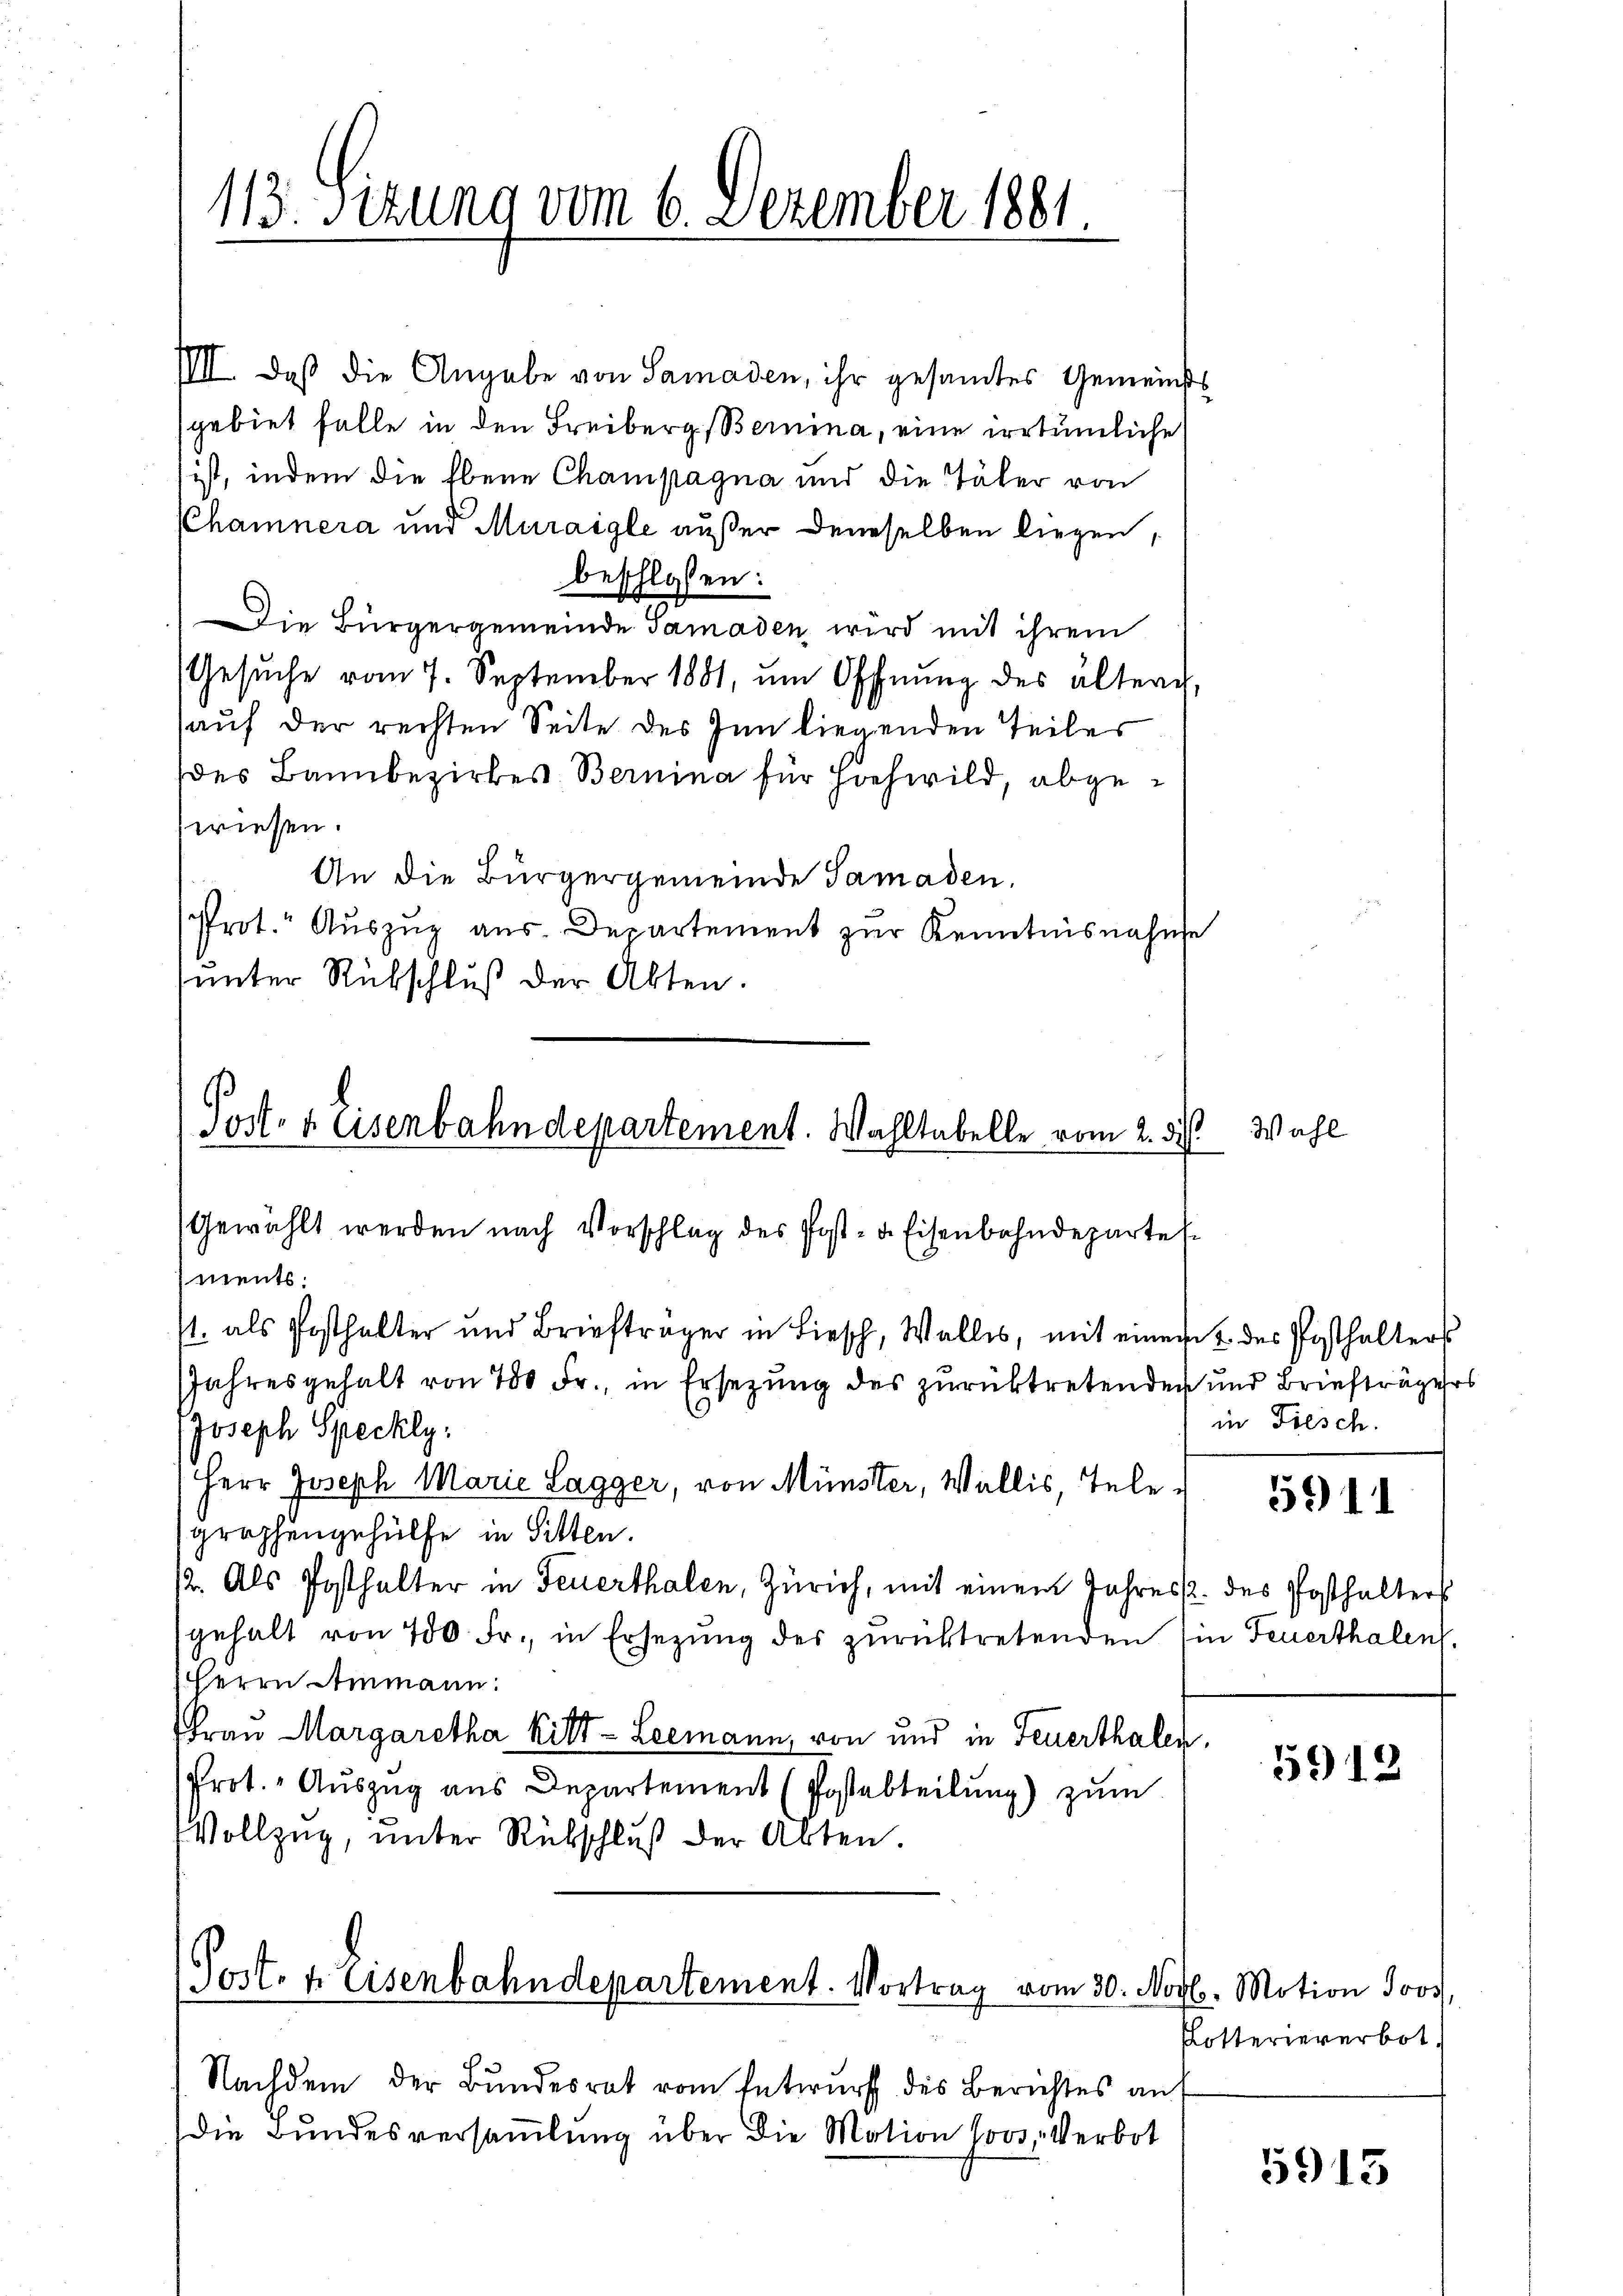
113. Sizung vom 6. Dezember 1881.

IIII. Daß die Angabe von Samaden, ihr gesamtes Gemeinsts
gebiet falle in den Freiberg, Bernina, eine irrtümliche
ist, indem die Ebene Champagna und die Täter von
Chamnera und Muraigle außer denselben liegen,
beschlossen:
Die Bürgergemeinde Samaden wird mit ihrem
Gesŭche vom 7. September 1881, ŭm Offnŭng des ältern,
auf der rechten Seite des Inn liegenden Teiles
des Bannbezirkes Bernina für Hochwild, abgewiesen.
An die Bürgergemeinde Samaden.
Prot." Aŭszŭg aŭs. Departement zur Kenntnisnahme
unter Rübschluß der Akten.

Post- u. Eisenbahndepartement. Wahltabelle vom 2. di
Gewählt werden nach Vorschlag des Post- u. Eisenbahndeparte

ments:
s. als Posthalter und Briefträger in Liesch, Wallis, mit einen u. des Posthalters
JJahresgehalt von 700 Fr., in Ersezung des zurücktretenden und Briefträgers
Joseph Speckly:
Herr Joseph Marie Lagger, von Münster, Wallis, Telegraphengehülfe in Sitten.
12. Als Posthalter in Feuerthalen, Zürich, mit einem Jahres. des Posthalters
gehalt von 700 Fr., in Ersezung des zurücktretenden Ein Feuerthalen
Herrn Ammann:
Frau Margaretha Kilt- Leemann, von und in Feuerthalen
Prot. Auszug aus Departement (Postabteilung) zum
Vollzug, unter Rückschluß der Akten.

Post- u. Eisenbahndepartement. Vortrag vom 30. Novb. Motion Jos.
Nachdem der Bundesrat vom Entwurf des Berichtes an

die Bundesversammlung über die Motion Jos. Verbot

Wahl

in Fiesch.

5941

5912

Rotteriererbot.

5915